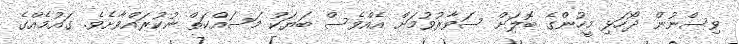
ވިސްނުން ދޯހަޅި މީހުންގެ ބޮލަށް ސަވާރުވުމަށް އެއްވެސް ބަޔަކު މަސައްކަތް ނުކުރައްވާށެވެ. ގައުމެއްގެ